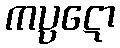
ကပ္ပဋော